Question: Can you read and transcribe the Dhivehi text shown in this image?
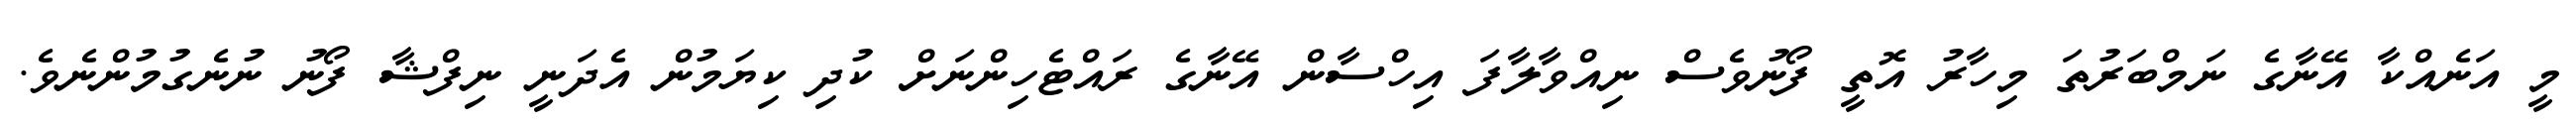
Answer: މީ އަނެއްކާ އޭނާގެ ނަމްބަރުތަ މިހާރު އޮތީ ފޯނުވެސް ނިއްވާލާފަ އިހްސާން އޭނާގެ ރައްޓެހިންނަށް ކުދި ކިޔަމުން އެދަނީ ނިފްޝާ ފޯނު ނުނެގުމުންނެވެ.